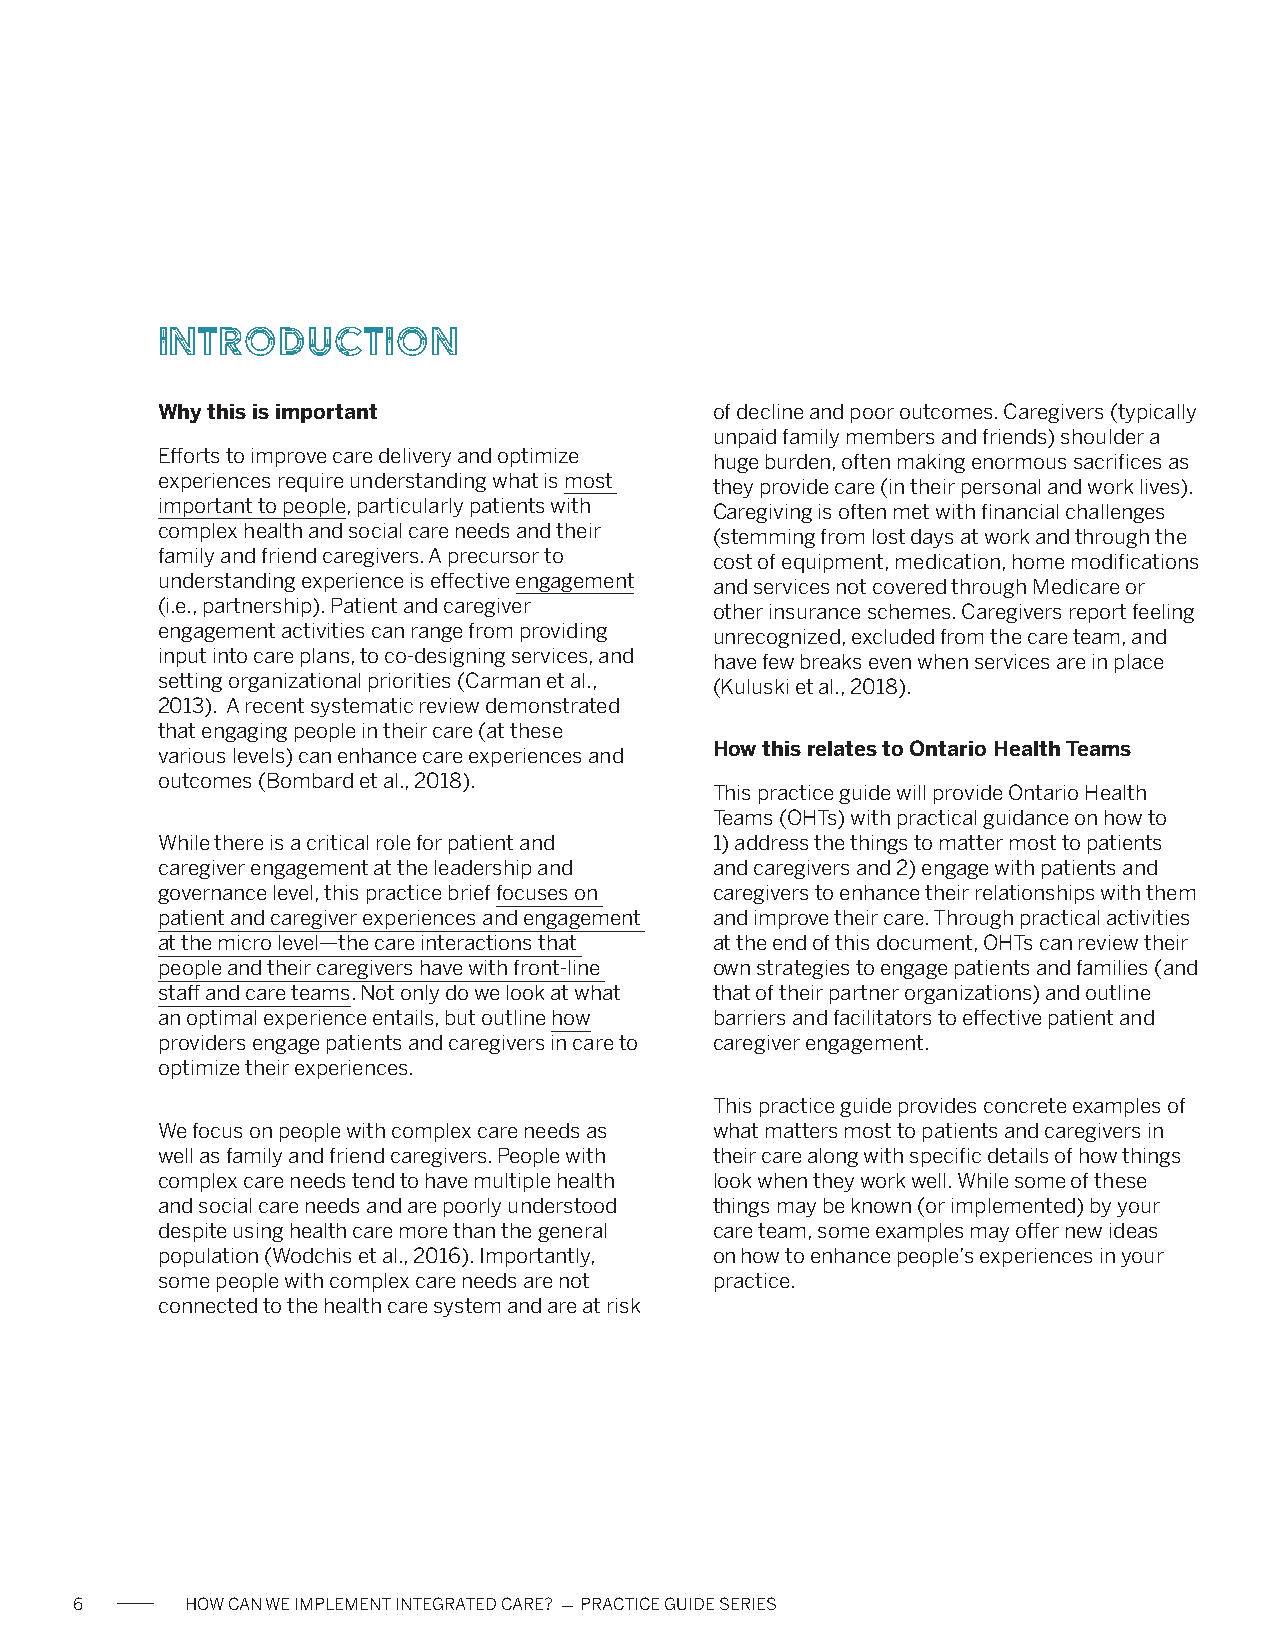
Introduction
 Why this is important                of decline and poor outcomes. Caregivers (typically
 unpaid family members and friends) shoulder a
 Efforts to improve care delivery and optimize huge burden, often making enormous sacrifices as
 experiences require understanding what is most they provide care (in their personal and work lives).
 important to people, particularly patients with Caregiving is often met with financial challenges
 complex health and social care needs and their (stemming from lost days at work and through the
 family and friend caregivers. A precursor to cost of equipment, medication, home modifications
 understanding experience is effective engagement and services not covered through Medicare or
 (i.e., partnership). Patient and caregiver other insurance schemes. Caregivers report feeling
 engagement activities can range from providing unrecognized, excluded from the care team, and
 input into care plans, to co-designing services, and have few breaks even when services are in place
 setting organizational priorities (Carman et al., (Kuluski et al., 2018).
 2013). A recent systematic review demonstrated
 that engaging people in their care (at these
 various levels) can enhance care experiences and How this relates to Ontario Health Teams
 outcomes (Bombard et al., 2018).
 This practice guide will provide Ontario Health
 Teams (OHTs) with practical guidance on how to
 While there is a critical role for patient and 1) address the things to matter most to patients
 caregiver engagement at the leadership and and caregivers and 2) engage with patients and
 governance level, this practice brief focuses on caregivers to enhance their relationships with them
 patient and caregiver experiences and engagement and improve their care. Through practical activities
 at the micro level—the care interactions that at the end of this document, OHTs can review their
 people and their caregivers have with front-line own strategies to engage patients and families (and
 staff and care teams. Not only do we look at what that of their partner organizations) and outline
 an optimal experience entails, but outline how barriers and facilitators to effective patient and
 providers engage patients and caregivers in care to caregiver engagement.
 optimize their experiences.
 This practice guide provides concrete examples of
 We focus on people with complex care needs as what matters most to patients and caregivers in
 well as family and friend caregivers. People with their care along with specific details of how things
 complex care needs tend to have multiple health look when they work well. While some of these
 and social care needs and are poorly understood things may be known (or implemented) by your
 despite using health care more than the general care team, some examples may offer new ideas
 population (Wodchis et al., 2016). Importantly, on how to enhance people’s experiences in your
 some people with complex care needs are not practice.
 connected to the health care system and are at risk
 6      HOW CAN WE IMPLEMENT INTEGRATED CARE? - PRACTICE GUIDE SERIES